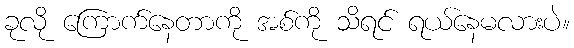
ခုလို ကြောက်နေတာကို အစ်ကို သိရင် ရယ်နေမလားပဲ။